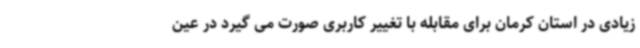
زیادی در استان کرمان برای مقابله با تغییر کاربری صورت می گیرد در عین